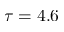
\tau = 4 . 6